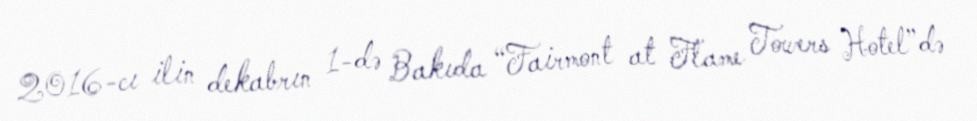
2016-cı ilin dekabrın 1-də Bakıda “Fairmont at Flame Towers Hotel”də